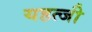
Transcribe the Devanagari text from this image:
यहत्जी